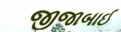
જીજાબાઈ